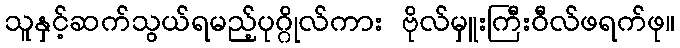
သူနှင့်ဆက်သွယ်ရမည့်ပုဂ္ဂိုလ်ကား ဗိုလ်မှူးကြီးဝီလ်ဖရက်ဖု။